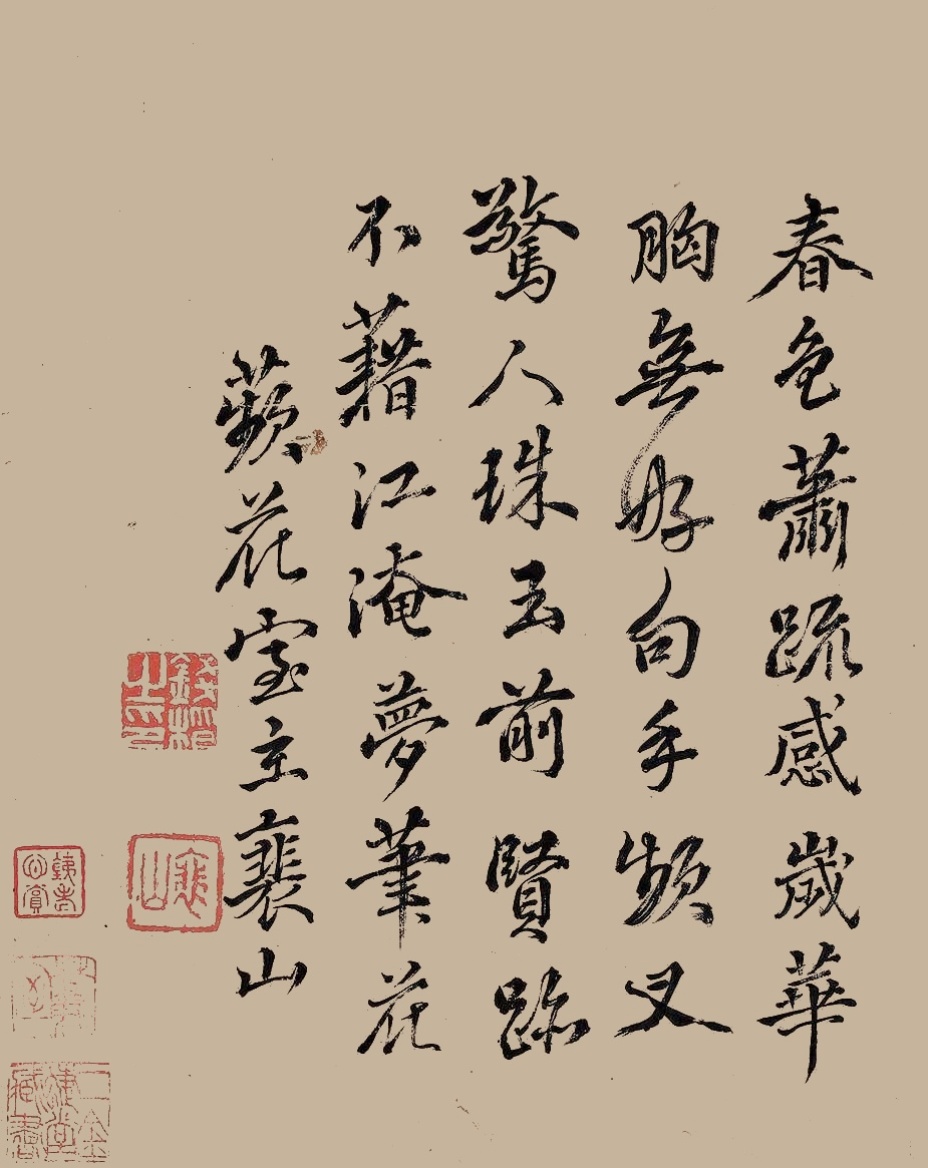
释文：春色萧疏感岁华，胸无好句手频叉，惊人珠玉前贤迹，不借江淹梦笔花。苹花室主襄山。